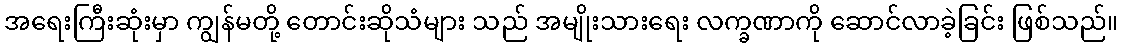
အရေးကြီးဆုံးမှာ ကျွန်မတို့ တောင်းဆိုသံများ သည် အမျိုးသားရေး လက္ခဏာကို ဆောင်လာခဲ့ခြင်း ဖြစ်သည်။